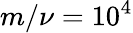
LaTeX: m/\nu=10^{4}